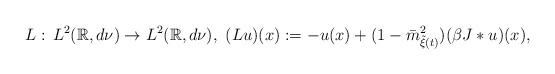
LaTeX: \begin{align*}L:\, L^2(\mathbb{R},d\nu)\to L^2(\mathbb{R},d\nu),\ (Lu)(x):=-u(x)+(1-\bar{m}^2_{\tilde\xi(t)})(\beta J\ast u)(x),\end{align*}